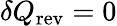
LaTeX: \delta Q_{\mathrm{rev}}=0